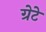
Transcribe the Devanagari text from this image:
ग्रेटे